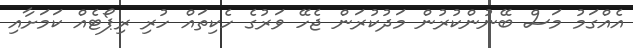
އެއްގަމު މަސް ބޭނުންކުރުން މަދުކުރަން ޖެހޭ ވަރުގެ ހެކިތައް ހުރި ރިޕޯޓެއް ކަމަށާއި